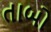
તાબો